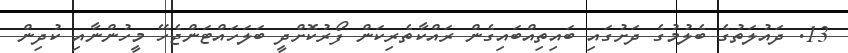
13. ދައުލަތުގެ ބެލުމުގެ ދަށުގައި ބައިތިއްބައިގެން ރައްކާތެރިކަން ފޯރުކޮށްދީ ބަލަހައްޓަންޖެހޭ މީހުންނާއި ކުދިން